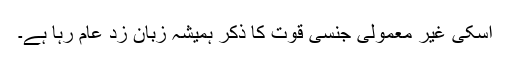
اسکی غیر معمولی جنسی قوت کا ذکر ہمیشہ زبان زد عام رہا ہے۔